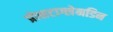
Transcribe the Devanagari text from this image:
प्रोसटाग्लेनडिन